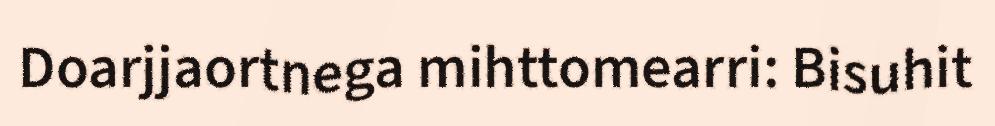
Doarjjaortnega mihttomearri: Bisuhit